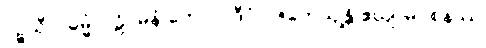
ပဉ္စသီလဓမ္မံ ပါဠိဂမနံ တေလပ္ပဒီပံ ပဇဟေယျန္တိ ဧယျာမဝစနဿ